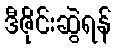
ဒီဇိုင်းဆွဲရန်